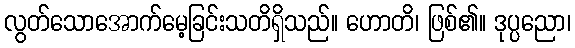
လွတ်သောအောက်မေ့ခြင်းသတိရှိသည်။ ဟောတိ၊ ဖြစ်၏။ ဒုပ္ပညော၊